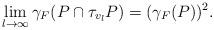
LaTeX: \begin{align*}\lim_{l \to \infty} \gamma_F(P\cap \tau_{v_l} P) = (\gamma_F(P))^2.\end{align*}